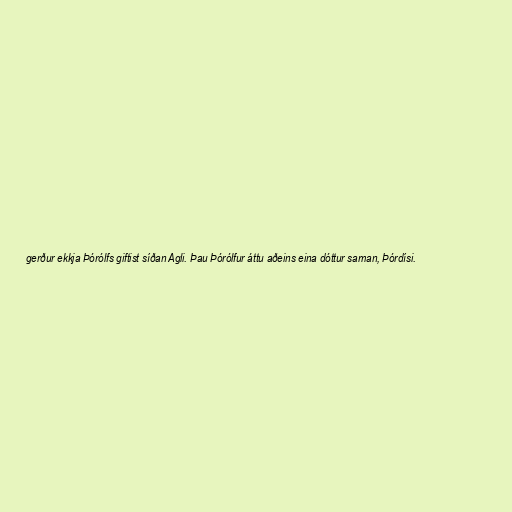
gerður ekkja Þórólfs giftist síðan Agli. Þau Þórólfur áttu aðeins eina dóttur saman, Þórdísi.